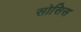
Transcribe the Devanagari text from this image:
सोसिस